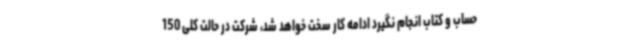
حساب و کتاب انجام نگیرد ادامه کار سخت خواهد شد، شرکت در حالت کلی 150